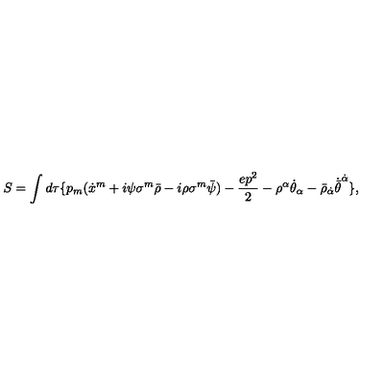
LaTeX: S = \int d \tau \{ p _ { m } ( \dot { x } ^ { m } + i \psi \sigma ^ { m } \bar { \rho } - i \rho \sigma ^ { m } \bar { \psi } ) - \frac { e p ^ { 2 } } { 2 } - { \rho ^ { \alpha } } { \dot { \theta } } _ { \alpha } - { \bar { \rho } } _ { \dot { \alpha } } { \dot { \bar { \theta } } } ^ { \dot { \alpha } } \} ,